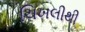
ચિખલીથી